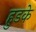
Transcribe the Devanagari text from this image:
हुडके